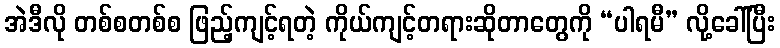
အဲဒီလို တစ်စတစ်စ ဖြည့်ကျင့်ရတဲ့ ကိုယ်ကျင့်တရားဆိုတာတွေကို “ပါရမီ” လို့ခေါ်ပြီး